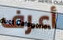
أعرف